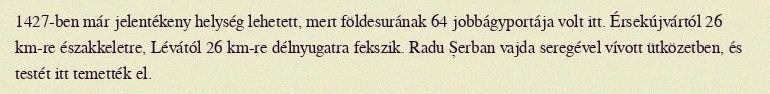
1427-ben már jelentékeny helység lehetett, mert földesurának 64 jobbágyportája volt itt. Érsekújvártól 26 km-re északkeletre, Lévától 26 km-re délnyugatra fekszik. Radu Șerban vajda seregével vívott ütközetben, és testét itt temették el.